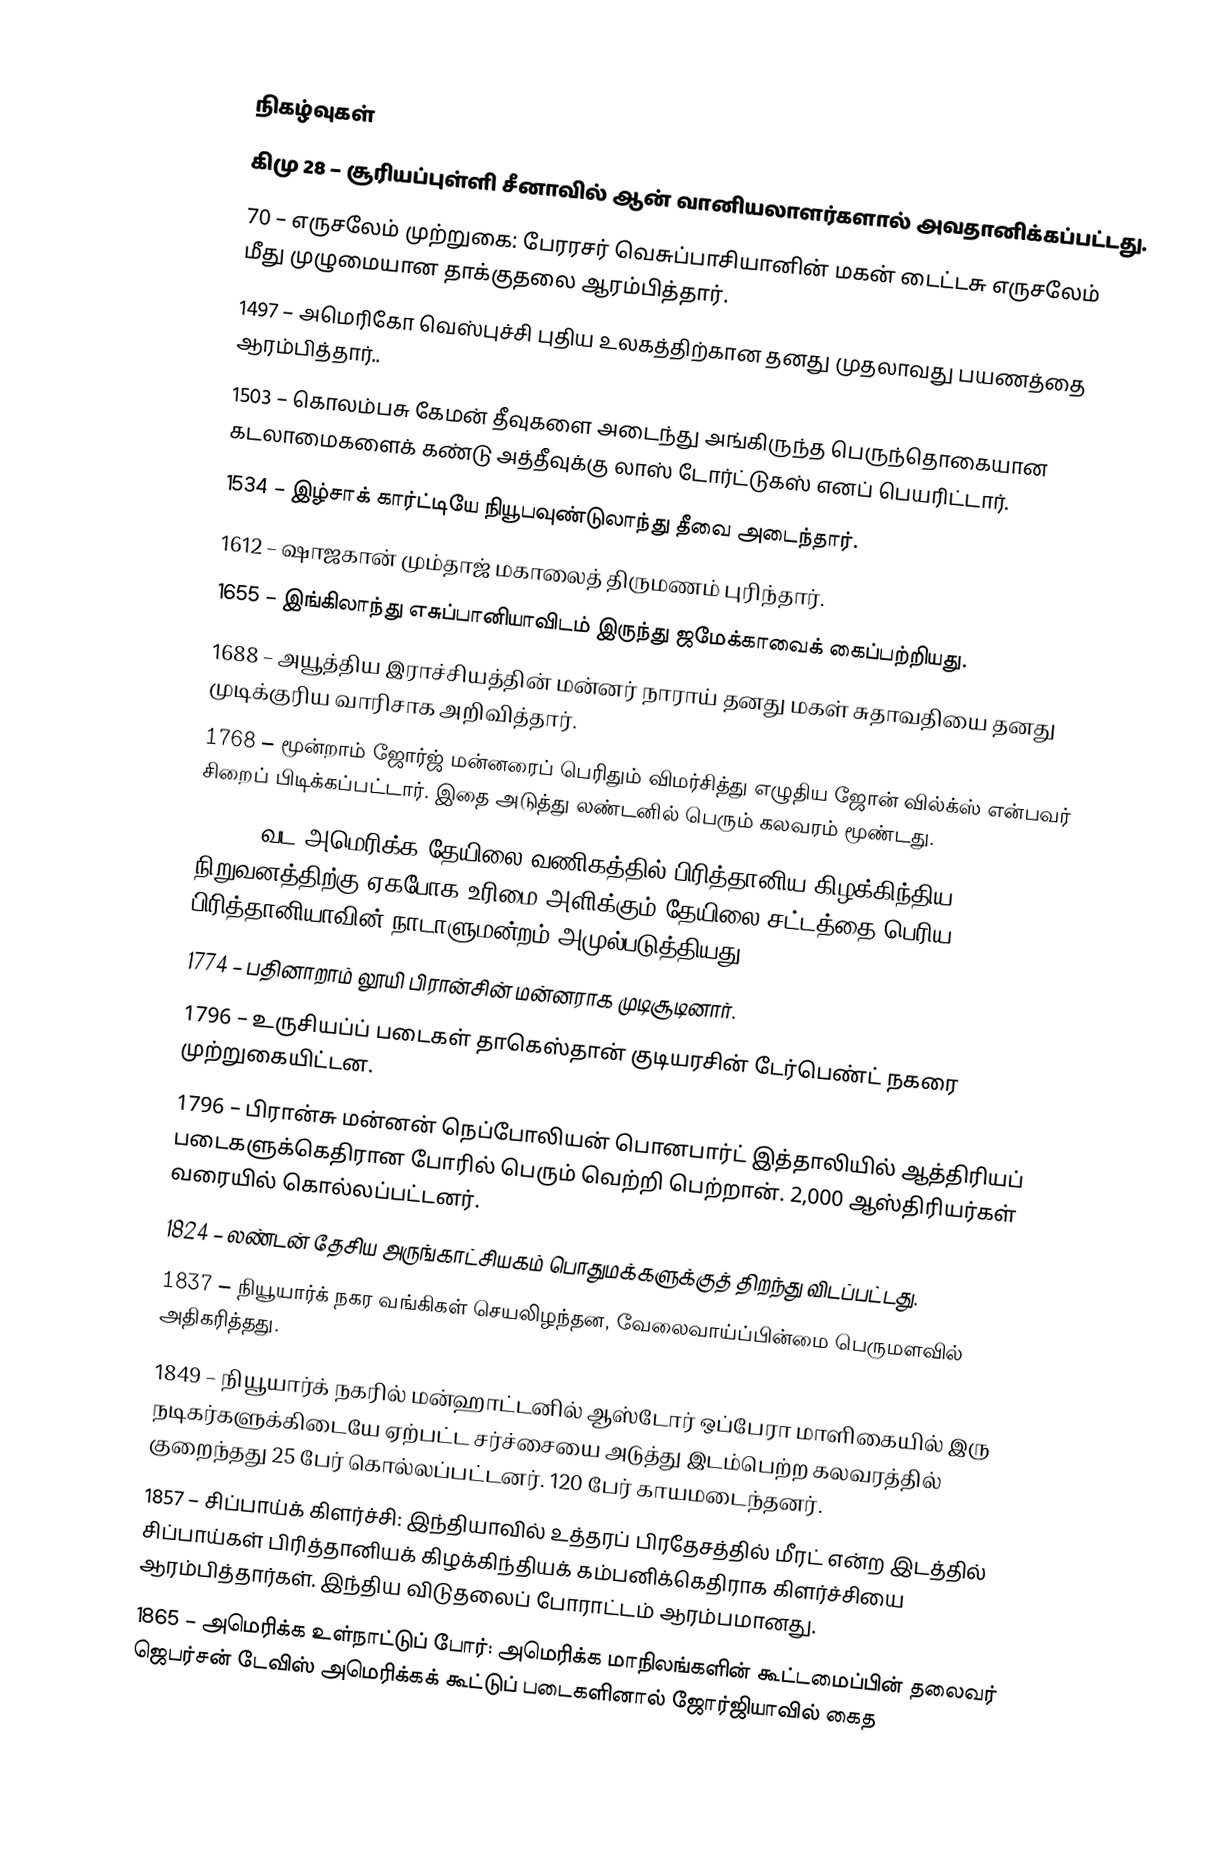

நிகழ்வுகள்
கிமு 28 – சூரியப்புள்ளி சீனாவில் ஆன் வானியலாளர்களால் அவதானிக்கப்பட்டது.
70 – எருசலேம் முற்றுகை: பேரரசர் வெசுப்பாசியானின் மகன் டைட்டசு எருசலேம் மீது முழுமையான தாக்குதலை ஆரம்பித்தார்.
1497 – அமெரிகோ வெஸ்புச்சி புதிய உலகத்திற்கான தனது முதலாவது பயணத்தை ஆரம்பித்தார்..
1503 – கொலம்பசு கேமன் தீவுகளை அடைந்து அங்கிருந்த பெருந்தொகையான கடலாமைகளைக் கண்டு அத்தீவுக்கு லாஸ் டோர்ட்டுகஸ் எனப் பெயரிட்டார்.
1534 – இழ்சாக் கார்ட்டியே நியூபவுண்டுலாந்து தீவை அடைந்தார்.
1612 – ஷாஜகான் மும்தாஜ் மகாலைத் திருமணம் புரிந்தார்.
1655 – இங்கிலாந்து எசுப்பானியாவிடம் இருந்து ஜமேக்காவைக் கைப்பற்றியது.
1688 – அயூத்திய இராச்சியத்தின் மன்னர் நாராய் தனது மகள் சுதாவதியை தனது முடிக்குரிய வாரிசாக அறிவித்தார்.
1768 – மூன்றாம் ஜோர்ஜ் மன்னரைப் பெரிதும் விமர்சித்து எழுதிய ஜோன் வில்க்ஸ் என்பவர் சிறைப் பிடிக்கப்பட்டார். இதை அடுத்து லண்டனில் பெரும் கலவரம் மூண்டது.
1773 – வட அமெரிக்க தேயிலை வணிகத்தில் பிரித்தானிய கிழக்கிந்திய நிறுவனத்திற்கு ஏகபோக உரிமை அளிக்கும் தேயிலை சட்டத்தை பெரிய பிரித்தானியாவின் நாடாளுமன்றம் அமுல்படுத்தியது.
1774 – பதினாறாம் லூயி பிரான்சின் மன்னராக முடிசூடினார்.
1796 – உருசியப்ப் படைகள் தாகெஸ்தான் குடியரசின் டேர்பெண்ட் நகரை முற்றுகையிட்டன.
1796 – பிரான்சு மன்னன் நெப்போலியன் பொனபார்ட் இத்தாலியில் ஆத்திரியப் படைகளுக்கெதிரான போரில் பெரும் வெற்றி பெற்றான். 2,000 ஆஸ்திரியர்கள் வரையில் கொல்லப்பட்டனர்.
1824 – லண்டன் தேசிய அருங்காட்சியகம் பொதுமக்களுக்குத் திறந்து விடப்பட்டது.
1837 – நியூயார்க் நகர வங்கிகள் செயலிழந்தன, வேலைவாய்ப்பின்மை பெருமளவில் அதிகரித்தது.
1849 – நியூயார்க் நகரில் மன்ஹாட்டனில் ஆஸ்டோர் ஒப்பேரா மாளிகையில் இரு நடிகர்களுக்கிடையே ஏற்பட்ட சர்ச்சையை அடுத்து இடம்பெற்ற கலவரத்தில் குறைந்தது 25 பேர் கொல்லப்பட்டனர். 120 பேர் காயமடைந்தனர்.
1857 – சிப்பாய்க் கிளர்ச்சி: இந்தியாவில் உத்தரப் பிரதேசத்தில் மீரட் என்ற இடத்தில் சிப்பாய்கள் பிரித்தானியக் கிழக்கிந்தியக் கம்பனிக்கெதிராக கிளர்ச்சியை ஆரம்பித்தார்கள். இந்திய விடுதலைப் போராட்டம் ஆரம்பமானது.
1865 – அமெரிக்க உள்நாட்டுப் போர்: அமெரிக்க மாநிலங்களின் கூட்டமைப்பின் தலைவர் ஜெபர்சன் டேவிஸ் அமெரிக்கக் கூட்டுப் படைகளினால் ஜோர்ஜியாவில் கைத